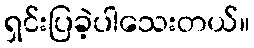
ရှင်းပြခဲ့ပါသေးတယ်။